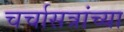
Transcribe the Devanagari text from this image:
चर्चासत्रांच्या